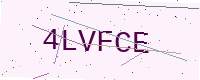
Text: 4LVFCE